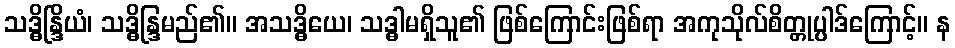
သဒ္ဓိန္ဒြိယံ၊ သဒ္ဓိန္ဒြမည်၏။ အသဒ္ဓိယေ၊ သဒ္ဓါမရှိသူ၏ ဖြစ်ကြောင်းဖြစ်ရာ အကုသိုလ်စိတ္တုပ္ပါဒ်ကြောင့်။ န